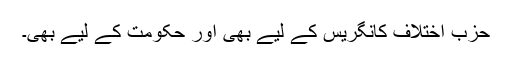
حزب اختلاف کانگریس کے لیے بھی اور حکومت کے لیے بھی۔